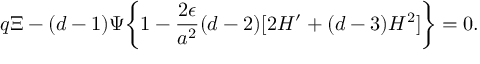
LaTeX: q \Xi - ( d - 1 ) \Psi \biggl \{ 1 - \frac { 2 \epsilon } { a ^ { 2 } } ( d - 2 ) [ 2 { \cal H } ^ { \prime } + ( d - 3 ) { \cal H } ^ { 2 } ] \biggr \} = 0 .